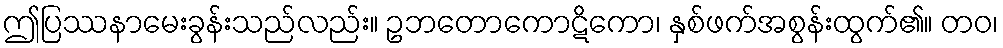
ဤပြဿနာမေးခွန်းသည်လည်း။ ဥဘတောကောဋိကော၊ နှစ်ဖက်အစွန်းထွက်၏။ တဝ၊